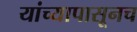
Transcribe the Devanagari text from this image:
यांच्यापासूनच